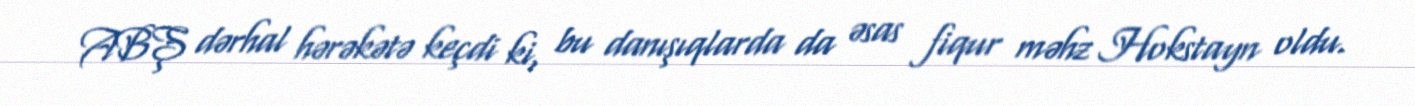
ABŞ dərhal hərəkətə keçdi ki, bu danışıqlarda da əsas fiqur məhz Hokstayn oldu.